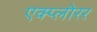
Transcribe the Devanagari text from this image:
एक्प्लोरर